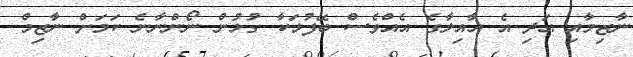
ނާޒިމާއި އަދި އެ އާއިލާގެ އެއްވެސް ބޭފުޅަކާ ގުޅުން ނޯންނާނެ ކަމަށް ނާޒިމް